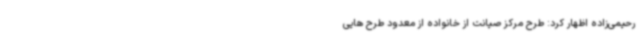
رحیمی‌زاده اظهار کرد: طرح مرکز صیانت از خانواده از معدود طرح هایی